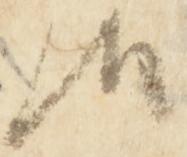
候